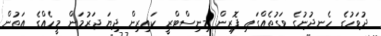
ދުވަހުގެ ހެނދުނުގެ ވަގުތެއްގައި ފޮރިން މިނިސްޓްރީ ކައިރިން ދިޔަ ޖަރުމަން މީހެއްގެ އަތުން